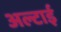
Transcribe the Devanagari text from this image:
अल्टाई